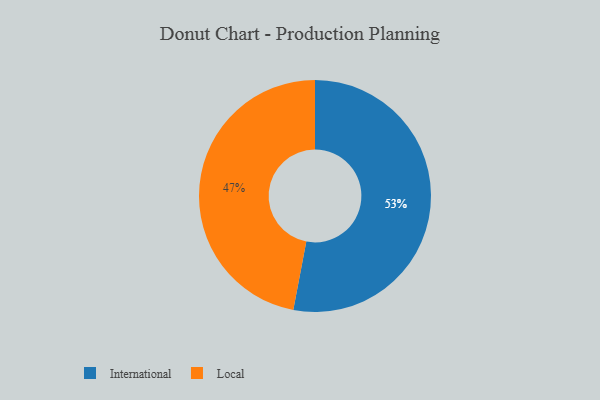
{"axis": {"x": "Category", "y": "Percentage"}, "legend": ["International", "Local"], "data": [{"x": "Local", "y": 47, "type": "Local"}, {"x": "International", "y": 53, "type": "International"}]}